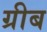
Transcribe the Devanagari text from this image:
ग्रीब